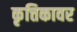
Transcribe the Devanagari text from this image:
कृत्तिकावर